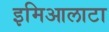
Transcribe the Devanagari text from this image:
इमिआलाटा